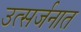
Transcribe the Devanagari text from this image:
उत्सर्जनात